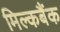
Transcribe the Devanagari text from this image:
मिल्कबैंक